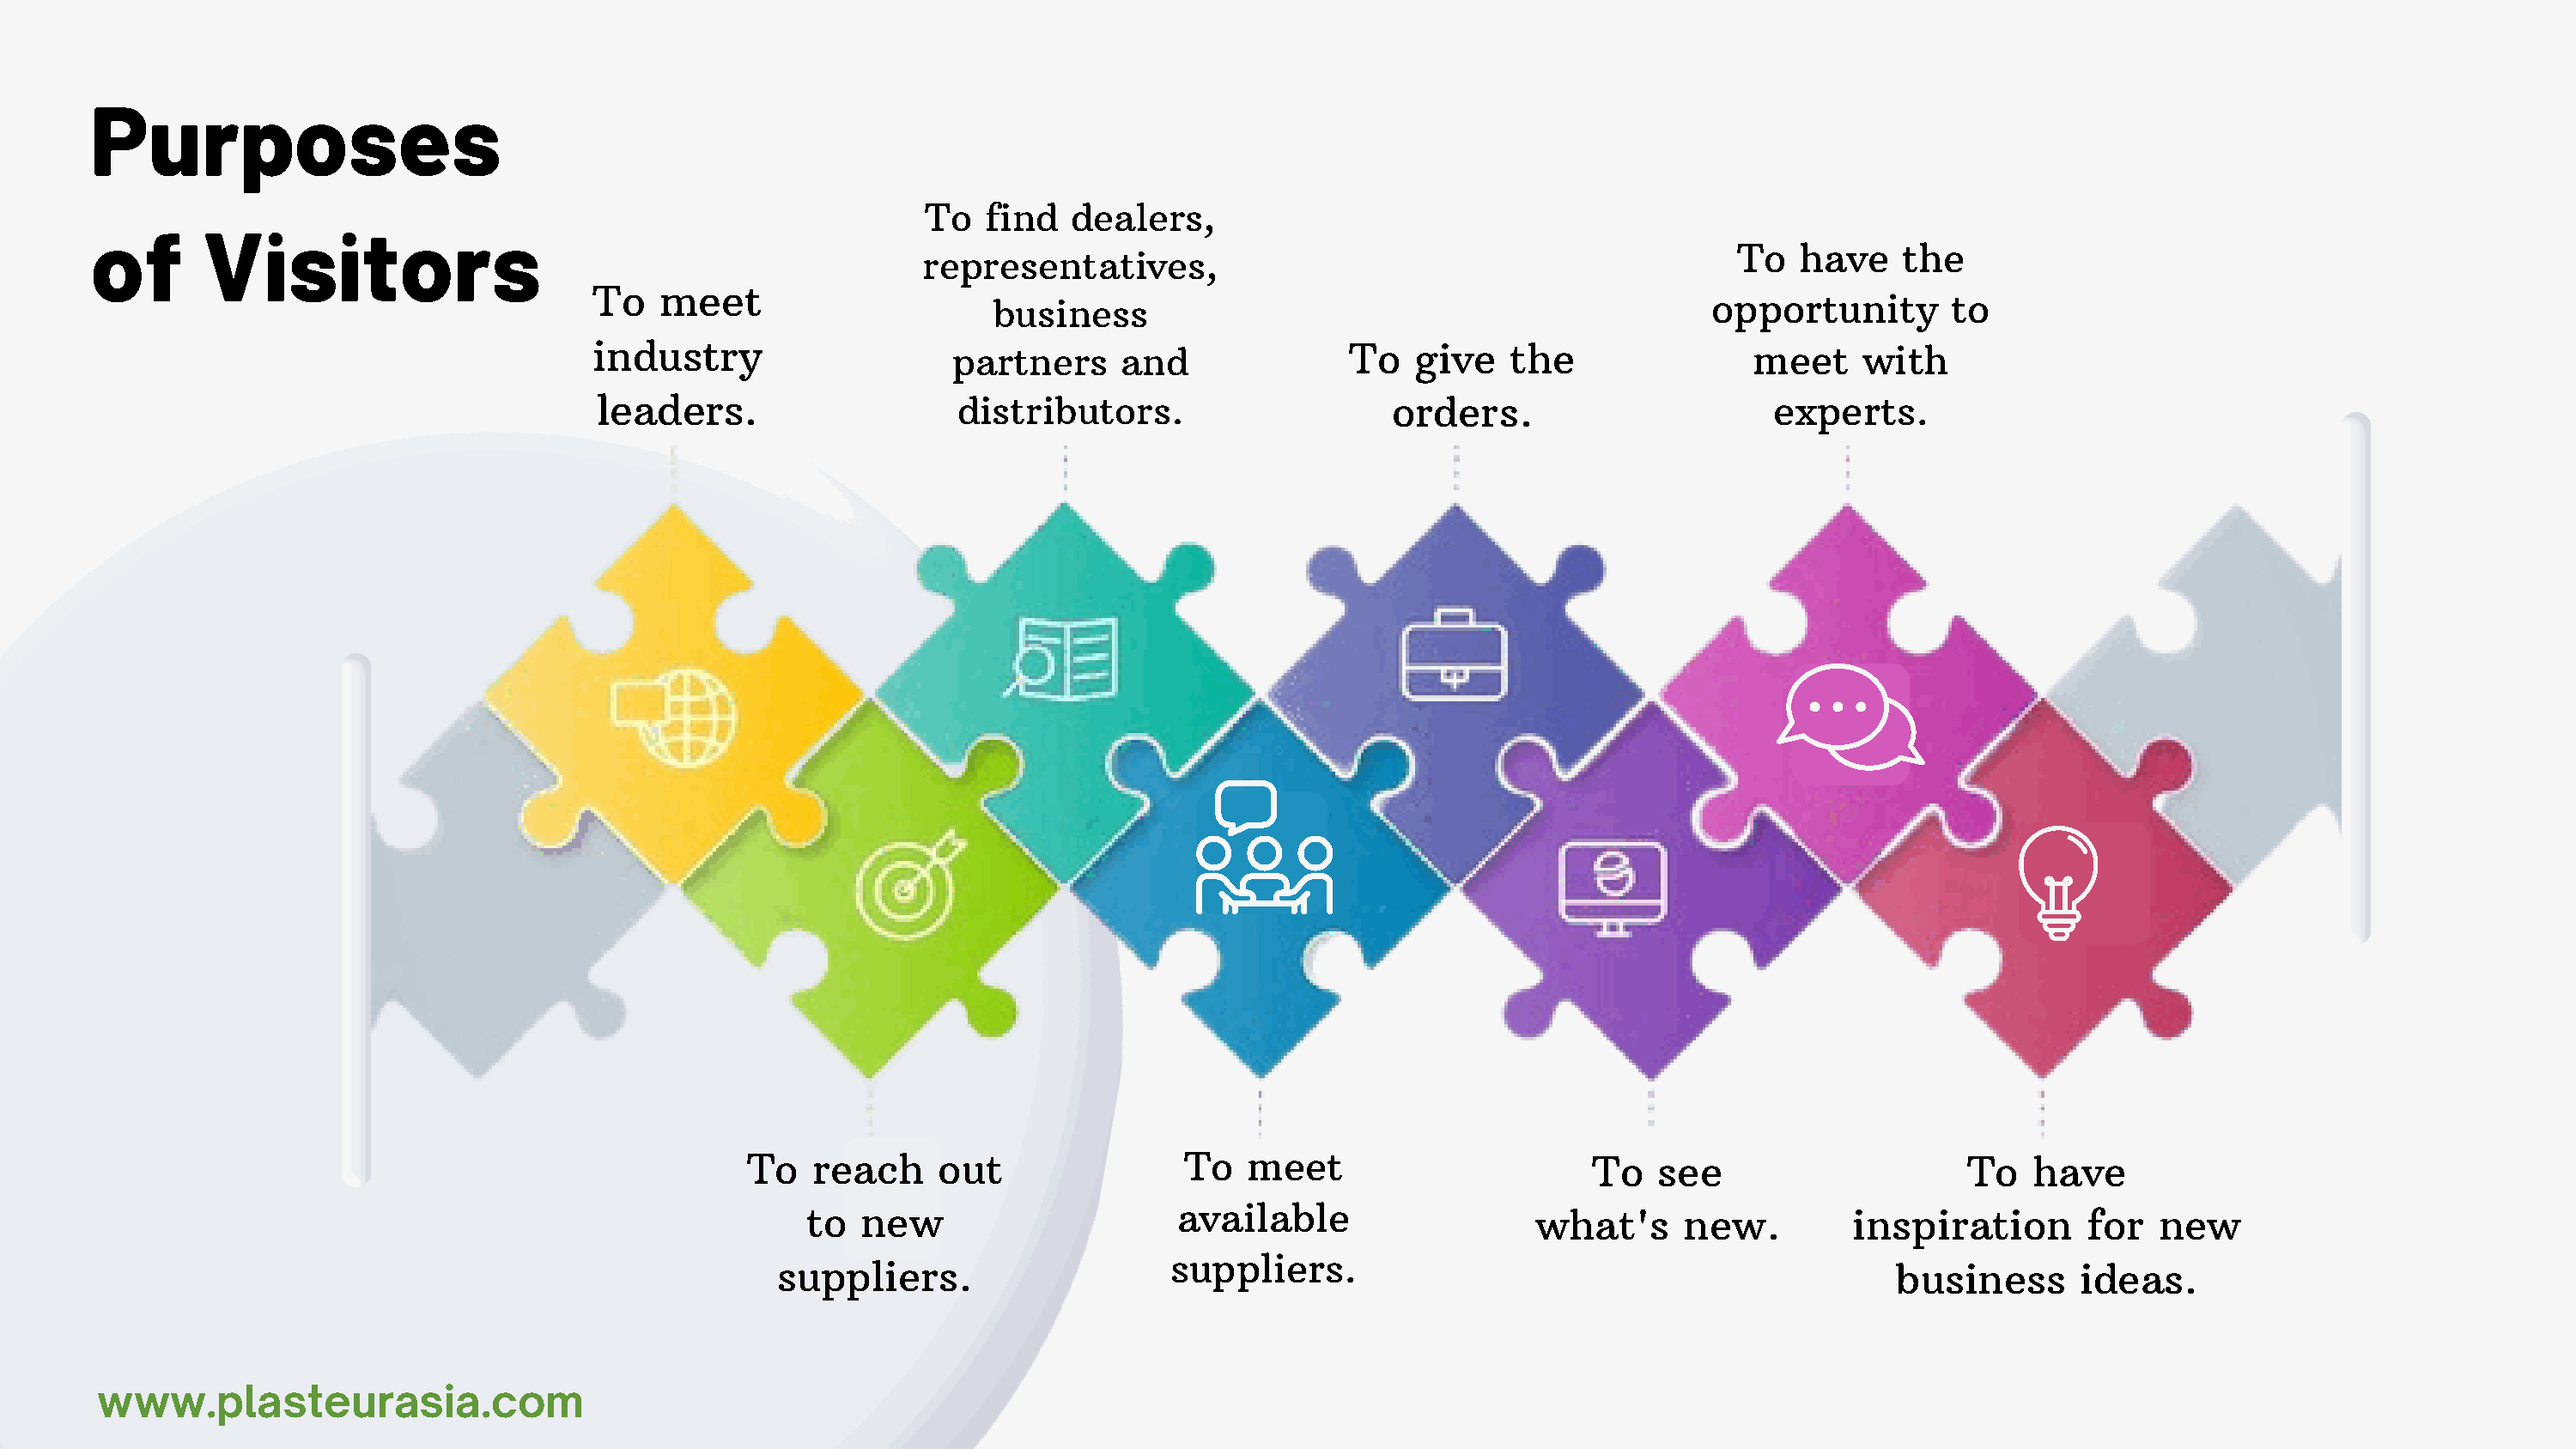
Purposes
 To   find   dealers,
 of       Vstors
 To   have    the
 representatives,
 To   meet
 opportunity       to
 business
 industry                   partners     and               To   give   the                meet     with
 leaders.                    distributors.                    orders.                       experts.
 To   reach    out                To   meet                       To   see                     To   have
 to  new                      available                  what's      new.         inspiration       for  new
 suppliers.
 suppliers.                                                                            business      ideas.
 www.plasteurasa.com